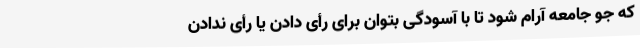
که جوّ جامعه آرام شود تا با آسودگی بتوان برای رأی دادن یا رأی ندادن